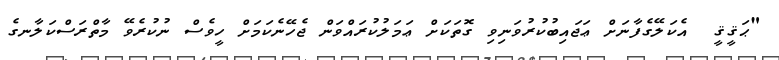
"ޙަޤީޤީ  އެކަލޭގެފާނަށް ޢަޖައިބުކުރުވަނިވި ގޮތަކަށް ޢަމަލުކުރައްވަން ޖެހޭނެކަމަށް ހީވެސް ނުކުރެވޭ މާތްރަސްކަލާނގެ